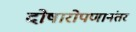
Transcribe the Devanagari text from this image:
दोषारोपणानंतर